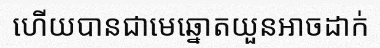
ហើយបានជាមេឆ្នោតយួនអាចដាក់